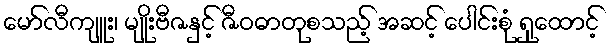
မော်လီကျူး၊ မျိုးဗီဇနှင့် ဇီဝဓာတုစသည့် အဆင့် ပေါင်းစုံ ရှုထောင့်